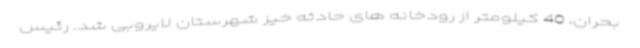
بحران، 40 کیلومتر از رودخانه های حادثه خیز شهرستان لایروبی شد. رئیس